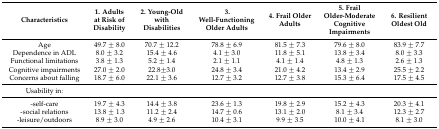
| Characteristics | 1. Adults at Risk of Disability | 2. Young-Old with Disabilities | 3. Well-Functioning Older Adults | 4. Frail Older Adults | 5. Frail Older-Moderate Cognitive Impairments | 6. Resilient Oldest Old |
 | --- | --- | --- | --- | --- | --- | --- |
 | Age | 49.7 ± 8.0 | 70.7 ± 12.2 | 78.8 ± 6.9 | 81.5 ± 7.3 | 79.6 ± 8.0 | 83.9 ± 7.7 |
 | Dependence in ADL | 8.0 ± 3.2 | 15.4 ± 4.6 | 4.1 ± 3.0 | 11.8 ± 5.1 | 13.8 ± 3.4 | 8.0 ± 3.3 |
 | Functional limitations | 3.8 ± 1.3 | 5.2 ± 1.4 | 2.1 ± 1.1 | 4.1 ± 1.4 | 4.8 ± 1.3 | 2.6 ± 1.3 |
 | Cognitive impairments | 27.0 ± 2.0 | 22.8±3.0 | 24.8 ± 3.4 | 21.0 ± 4.2 | 13.4 ± 2.9 | 25.5 ± 2.2 |
 | Concerns about falling | 18.7 ± 6.0 | 22.1 ± 3.6 | 12.7 ± 3.2 | 12.7 ± 3.8 | 15.3 ± 6.4 | 17.5 ± 4.5 |
 | Usability in: |  |  |  |  |  |  |
 | -self-care | 19.7 ± 4.3 | 14.4 ± 3.8 | 23.6 ± 1.3 | 19.8 ± 2.9 | 15.2 ± 4.3 | 20.3 ± 4.1 |
 | -social relations | 13.8 ± 1.3 | 11.2 ± 2.4 | 14.7 ± 0.6 | 13.1 ± 2.0 | 8.1 ± 3.4 | 12.3 ± 2.7 |
 | -leisure/outdoors | 8.9 ± 3.0 | 4.9 ± 2.6 | 10.4 ± 3.1 | 9.9 ± 3.5 | 10.0 ± 4.1 | 8.1 ± 3.0 |